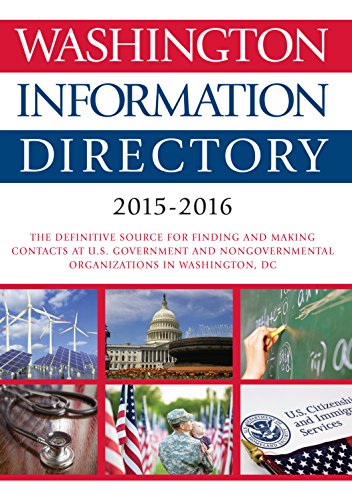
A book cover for CQ PRESS: WASHINGTON INFORMATION DIRECTORY; 2015-2016; Reference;